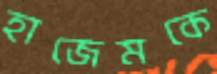
হাজেমকে